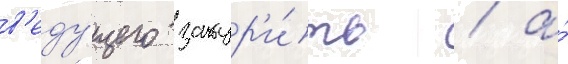
в'еду́щего закур'и́ть / а́